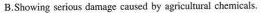
B.Showing serious damage caused by agricultural cheinicals.